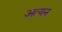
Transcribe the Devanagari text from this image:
अत्यन